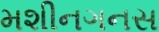
મશીનગનસ